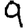
Digit: 9